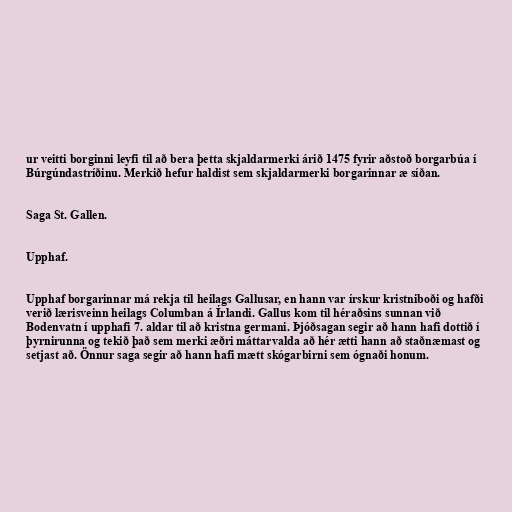
ur veitti borginni leyfi til að bera þetta skjaldarmerki árið 1475 fyrir aðstoð borgarbúa í
Búrgúndastríðinu. Merkið hefur haldist sem skjaldarmerki borgarinnar æ síðan.

Saga St. Gallen.

Upphaf.

Upphaf borgarinnar má rekja til heilags Gallusar, en hann var írskur kristniboði og hafði
verið lærisveinn heilags Columban á Írlandi. Gallus kom til héraðsins sunnan við
Bodenvatn í upphafi 7. aldar til að kristna germani. Þjóðsagan segir að hann hafi dottið í
þyrnirunna og tekið það sem merki æðri máttarvalda að hér ætti hann að staðnæmast og
setjast að. Önnur saga segir að hann hafi mætt skógarbirni sem ógnaði honum.